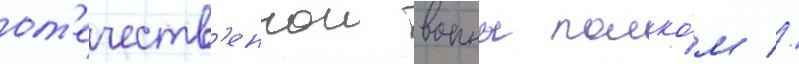
от'ечеств'еннои воины полко́м //